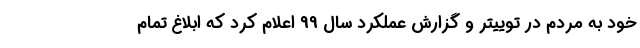
خود به مردم در توییتر و گزارش عملکرد سال 99 اعلام کرد که ابلاغ تمام